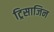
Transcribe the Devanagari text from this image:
ट्रिसाजिन